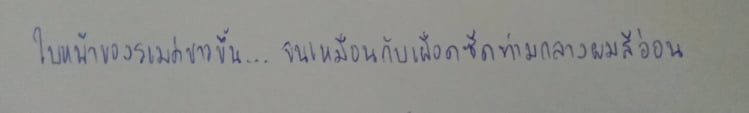
ใบหน้าของรเมศขาวขึ้น...จนเหมือนกับเผือดซีดท่ามกลางผมสีอ่อน